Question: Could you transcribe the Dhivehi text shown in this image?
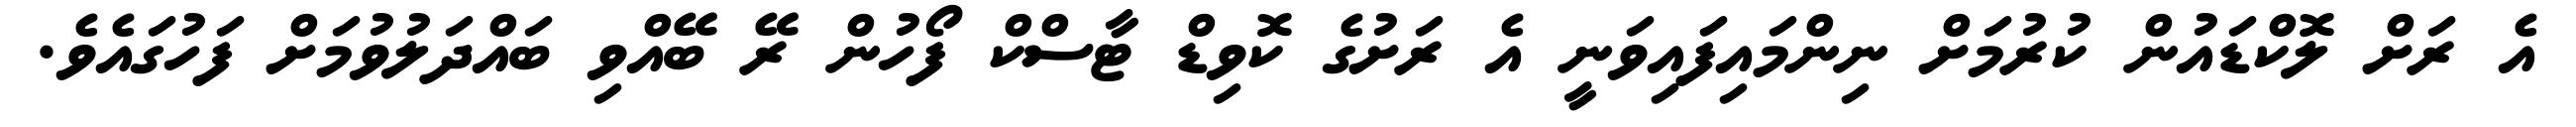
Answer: އެ ރަށް ލޮކްޑައުން ކުރުމަށް ނިންމައިފައިވަނީ އެ ރަށުގެ ކޮވިޑް ޓާސްކް ފޯހުން ރޭ ބޭއްވި ބައްދަލުވުމަށް ފަހުގައެވެ.